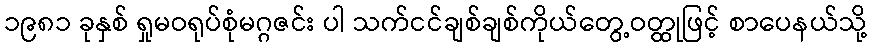
၁၉၈၁ ခုနှစ် ရှုမဝရုပ်စုံမဂ္ဂဇင်း ပါ သက်ငင်ချစ်ချစ်ကိုယ်တွေ့ဝတ္ထုဖြင့် စာပေနယ်သို့